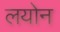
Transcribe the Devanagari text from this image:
लयोन